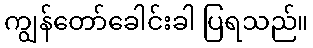
ကျွန်တော်ခေါင်းခါ ပြရသည်။